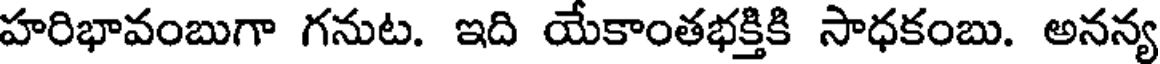
హరిభావంబుగా గనుట. ఇది యేకాంతభక్తికి సాధకంబు. అనన్య